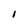
Character: I